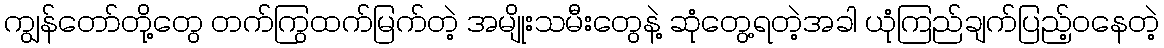
ကျွန်တော်တို့တွေ တက်ကြွထက်မြက်တဲ့ အမျိုးသမီးတွေနဲ့ ဆုံတွေ့ရတဲ့အခါ ယုံကြည်ချက်ပြည့်ဝနေတဲ့